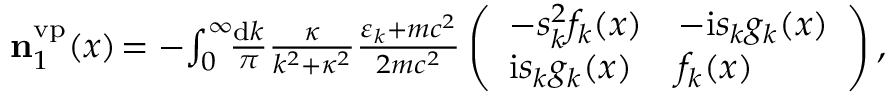
\begin{array} { r } { \ensuremath { \mathbf { n } } _ { 1 } ^ { \ensuremath { \mathrm { v p } } } ( x ) \! = - \! \int _ { 0 } ^ { \infty } \! \! \frac { \ensuremath { \mathrm { d } } k } { \pi } \frac { \kappa } { k ^ { 2 } + \kappa ^ { 2 } } \frac { \varepsilon _ { k } + m c ^ { 2 } } { 2 m c ^ { 2 } } \left( \begin{array} { l l } { - s _ { k } ^ { 2 } f _ { k } ( x ) } & { - \ensuremath { \mathrm { i } } s _ { k } g _ { k } ( x ) } \\ { \ensuremath { \mathrm { i } } s _ { k } g _ { k } ( x ) } & { f _ { k } ( x ) } \end{array} \right) , \; \; } \end{array}